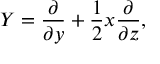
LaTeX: Y = { \frac { \partial } { \partial y } } + { \frac { 1 } { 2 } } x { \frac { \partial } { \partial z } } ,